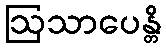
ဩသာပေန္တိ